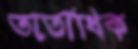
ততোধিক